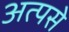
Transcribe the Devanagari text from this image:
अत्पसे